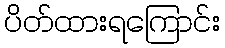
ပိတ်ထားရကြောင်း